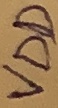
Text: VDD